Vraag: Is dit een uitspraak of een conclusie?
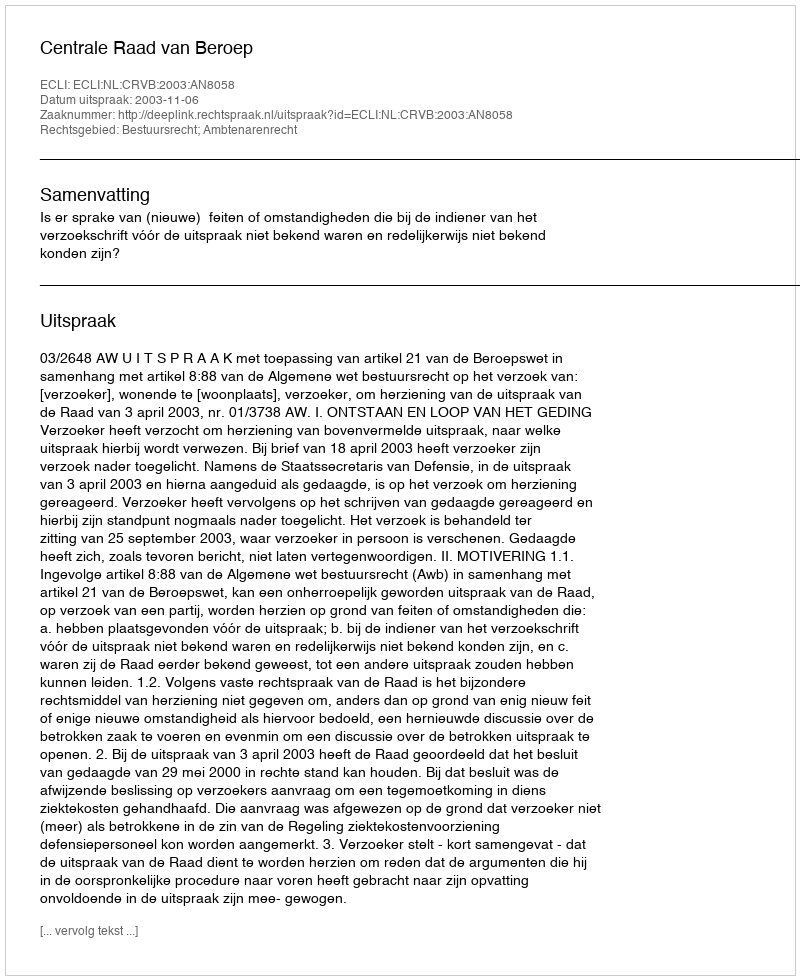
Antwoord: Uitspraak